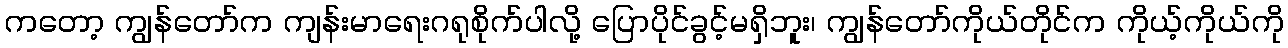
ကတော့ ကျွန်တော်က ကျန်းမာရေးဂရုစိုက်ပါလို့ ပြောပိုင်ခွင့်မရှိဘူး၊ ကျွန်တော်ကိုယ်တိုင်က ကိုယ့်ကိုယ်ကို